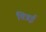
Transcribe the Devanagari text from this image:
चित्रई